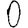
Digit: 0